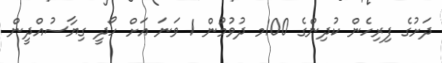
ދަށުގެ ފިރިހެން ކުދިންގެ 100މ ދުވުމުން 1 ވަނަ އަށް ހޯދީ ގިޔާސުއްދީން